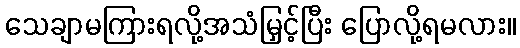
သေချာမကြားရလို့အသံမြှင့်ပြီး ပြောလို့ရမလား။